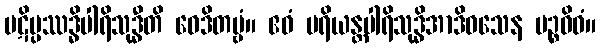
ပဋိပ္ပဿဒ္ဓိပါရိသုဒ္ဓီတိ ဝေဒိတဗ္ဗံ။ ဧဝံ ပရိယန္တပါရိသုဒ္ဓိအာဒိဝသေန ပဉ္စဝိဓံ။